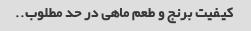
کیفیت برنج و طعم ماهی در حد مطلوب..